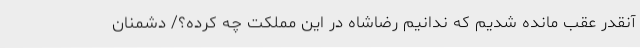
آنقدر عقب مانده شدیم که ندانیم رضاشاه در این مملکت چه کرده؟/ دشمنان